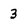
Character: 3